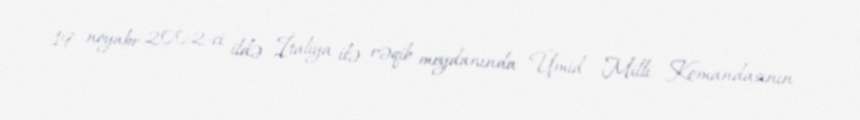
19 noyabr 2002-ci ildə İtaliya ilə rəqib meydanında Ümid Milli Komandasının